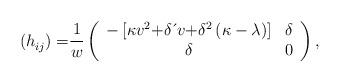
LaTeX: \begin{align*}{\small (h}_{ij}{\small )=}\frac{1}{w}\left(\begin{array}[c]{cc}-\left[ \kappa v^{2}{\small +}\delta \,\acute{}\,v{\small +}\delta^{2}\left( \kappa-\lambda \right) \right] & \delta \\\delta & 0\end{array}\right) , \end{align*}